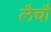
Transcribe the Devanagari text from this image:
लैचौ